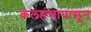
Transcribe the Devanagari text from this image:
कलहंसापासून